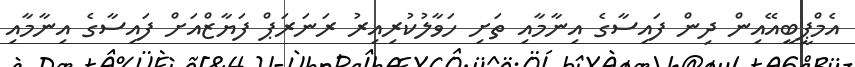
އެމްޕީބީއޭއިން ދިން ފައިސާގެ އިނާމާއި ތަށި ހަވާލުކުރިއިރު ރަނަރަޕް ފަޔާޒްއަށް ފައިސާގެ އިނާމާއި